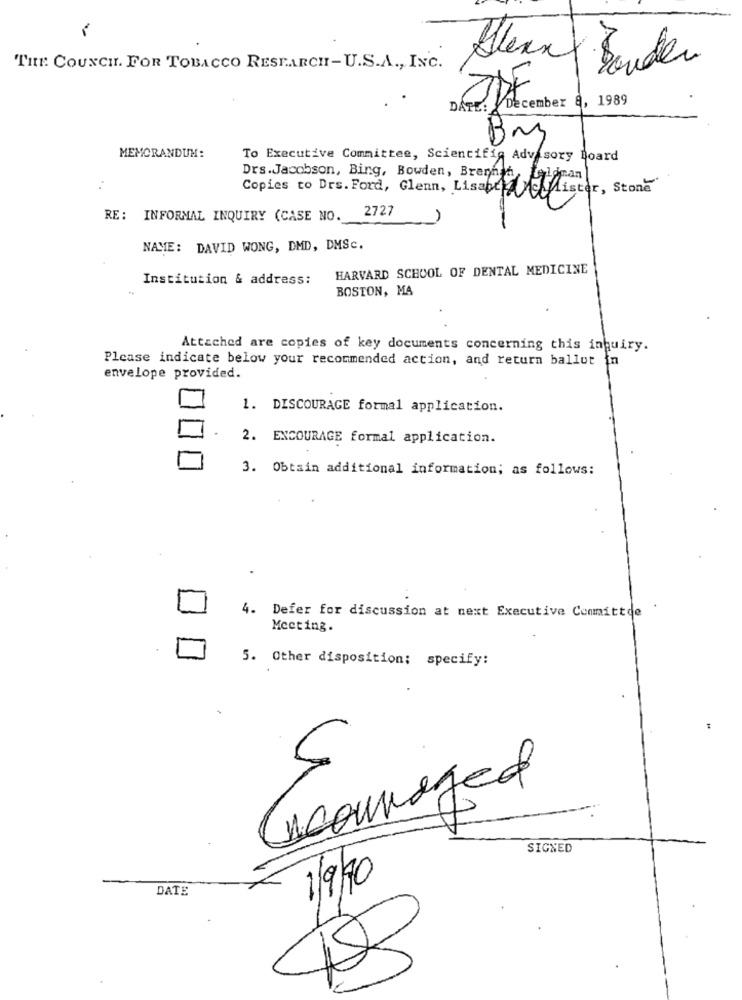
THE COUNCIL. FOR TOBACCO RESEARCH-U.S.A ., INC.
DATE: December 8, 1989
Bm
MEMORANDUM:
To Executive Committee, Scientific Advisory Board
Drs.Jacobson, Bing, Bowden, Brennth, Leylaman)
Copies to Drs. Ford, Glenn, Lisabethister, Stone
RE: INFORMAL INQUIRY (CASE NO. 2727
NAME: DAVID WONG, DMD, DMSc.
HARVARD SCHOOL OF DENTAL MEDICINE
Institution & address:
BOSTON, MA
Attached are copies of key documents concerning this inquiry.
Please indicate below your recommended action, and return ballot in
envelope provided.
1. DISCOURAGE formal application.
.
2. ENCOURAGE formal application.
3. Obtain additional information; as follows:
4. Defer for discussion at next Executive Committee
Meeting.
.
5. Other disposition; specify:
Incouraged
5
SIGNED
1/9/0
DATE